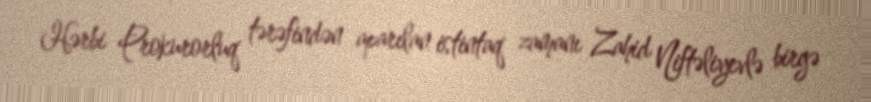
Hərbi Prokurorluq tərəfindən aparılan istintaq zamanı Zahid Niftəliyevlə birgə